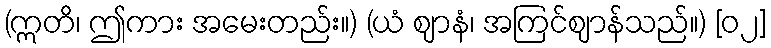
(ဣတိ၊ ဤကား အမေးတည်း။) (ယံ ဈာနံ၊ အကြင်ဈာန်သည်။) [၀၂]